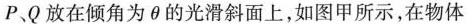
P、Q放在倾角为θ的光滑斜面上，如图甲所示，在物体